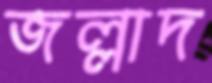
জল্লাদ